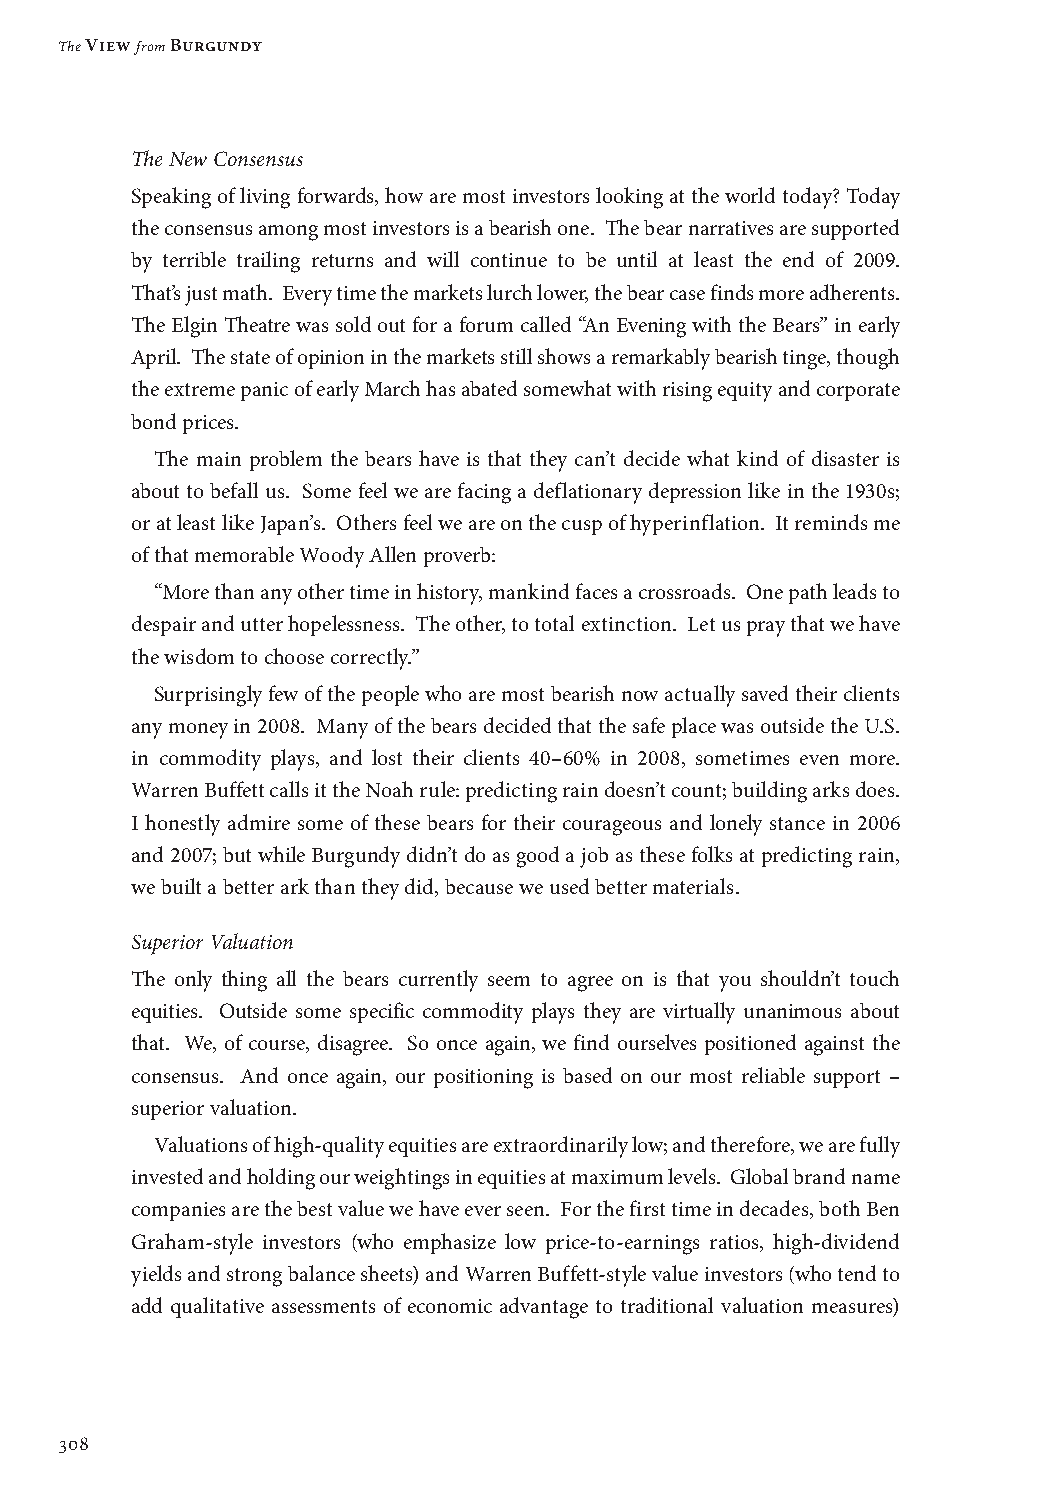
The View from Burgundy
 The New Consensus
 Speaking of living forwards, how are most investors looking at the world today? Today
 the consensus among most investors is a bearish one. The bear narratives are supported
 by terrible trailing returns and will continue to be until at least the end of 2009.
 That’s just math. Every time the markets lurch lower, the bear case finds more adherents.
 The Elgin Theatre was sold out for a forum called “An Evening with the Bears” in early
 April. The state of opinion in the markets still shows a remarkably bearish tinge, though
 the extreme panic of early March has abated somewhat with rising equity and corporate
 bond prices.
 The main problem the bears have is that they can’t decide what kind of disaster is
 about to befall us. Some feel we are facing a deflationary depression like in the 1930s;
 or at least like Japan’s. Others feel we are on the cusp of hyperinflation. It reminds me
 of that memorable Woody Allen proverb:
 “More than any other time in history, mankind faces a crossroads. One path leads to
 despair and utter hopelessness. The other, to total extinction. Let us pray that we have
 the wisdom to choose correctly.”
 Surprisingly few of the people who are most bearish now actually saved their clients
 any money in 2008. Many of the bears decided that the safe place was outside the U.S.
 in commodity plays, and lost their clients 40–60% in 2008, sometimes even more.
 Warren Buffett calls it the Noah rule: predicting rain doesn’t count; building arks does.
 I honestly admire some of these bears for their courageous and lonely stance in 2006
 and 2007; but while Burgundy didn’t do as good a job as these folks at predicting rain,
 we built a better ark than they did, because we used better materials.
 Superior Valuation
 The only thing all the bears currently seem to agree on is that you shouldn’t touch
 equities. Outside some specific commodity plays they are virtually unanimous about
 that. We, of course, disagree. So once again, we find ourselves positioned against the
 consensus. And once again, our positioning is based on our most reliable support –
 superior valuation.
 Valuations of high-quality equities are extraordinarily low; and therefore, we are fully
 invested and holding our weightings in equities at maximum levels. Global brand name
 companies are the best value we have ever seen. For the first time in decades, both Ben
 Graham-style investors (who emphasize low price-to-earnings ratios, high-dividend
 yields and strong balance sheets) and Warren Buffett-style value investors (who tend to
 add qualitative assessments of economic advantage to traditional valuation measures)
 308